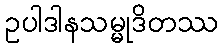
ဥပါဒါနသမ္မုဒိတဿ